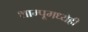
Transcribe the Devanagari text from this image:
शाम्पूमध्येही